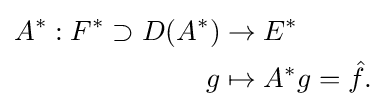
{\begin{aligned}A^{*}:F^{*}\supset D(A^{*})&\to E^{*}\\g&\mapsto A^{*}g={\hat {f}}.\end{aligned}}